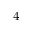
^ 4